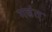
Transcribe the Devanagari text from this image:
गढंत